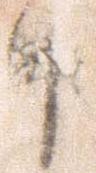
中